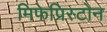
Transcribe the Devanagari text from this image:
मिफेप्रिस्टोन